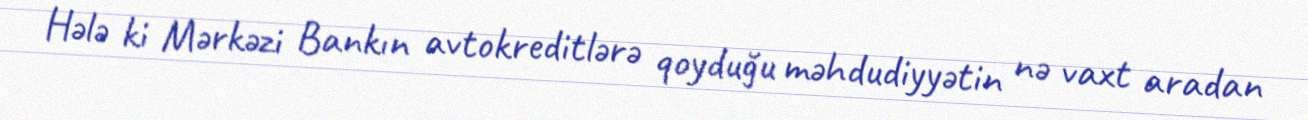
Hələ ki Mərkəzi Bankın avtokreditlərə qoyduğu məhdudiyyətin nə vaxt aradan